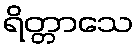
ရိတ္တာသေ